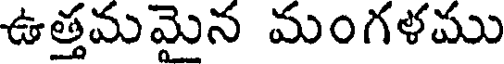
ఉత్తమమైన మంగళము